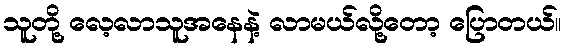
သူတို့ လေ့လာသူအနေနဲ့ လာမယ်လို့တော့ ပြောတယ်။